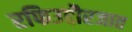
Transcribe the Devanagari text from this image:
रफिउद्दौरजात